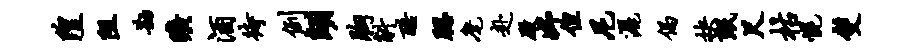
隍阻勘旷酒待例翊胸斛酷腮麾赴殿妤但尼洒偈抉珉尺枯幌双